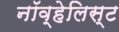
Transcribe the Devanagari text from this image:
नॉव्हेलिस्ट